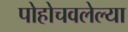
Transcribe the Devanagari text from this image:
पोहोचवलेल्या